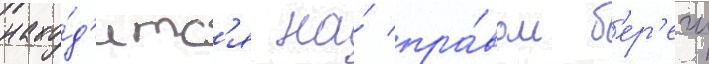
нахо́д'итс'я на́ пра́вом б'ер'егу